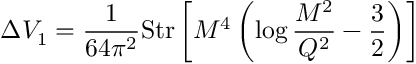
\Delta { V _ { 1 } } = \frac { 1 } { 6 4 { \pi ^ { 2 } } } \mathrm { S t r } \left[ { \cal M } ^ { 4 } \left( \log { \frac { { \cal M } ^ { 2 } } { Q ^ { 2 } } } - \frac { 3 } { 2 } \right) \right]